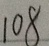
1 0 8